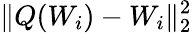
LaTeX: \lVert Q(W_{i})-W_{i}\rVert_{2}^{2}